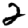
Digit: 2